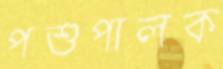
পশুপালক